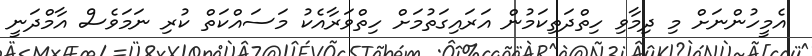
އެމީހުންނަށް މި ދިމާވި ހިތްދަތިކަމުން އަރައިގަތުމަށް ހިތްވަރާއެކު މަސައްކަތް ކުރި ނަމަވެސް އާމްދަނީ